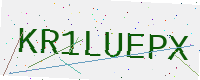
Text: KR1LUEPX